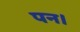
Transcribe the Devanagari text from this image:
पन।